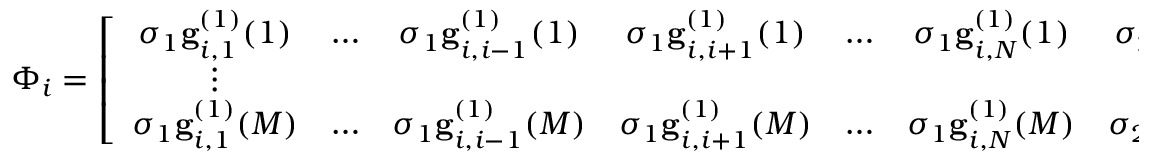
\Phi _ { i } = \left[ \begin{array} { c c c c c c c c c } { \sigma _ { 1 } \mathbf { g } _ { i , 1 } ^ { ( 1 ) } ( 1 ) } & { \ldots } & { \sigma _ { 1 } \mathbf { g } _ { i , i - 1 } ^ { ( 1 ) } ( 1 ) } & { \sigma _ { 1 } \mathbf { g } _ { i , i + 1 } ^ { ( 1 ) } ( 1 ) } & { \ldots } & { \sigma _ { 1 } \mathbf { g } _ { i , N } ^ { ( 1 ) } ( 1 ) } & { \sigma _ { 2 } \mathbf { g } _ { i , 1 , 2 } ^ { ( 2 ) } ( 1 ) } & { \ldots } & { \sigma _ { D } \mathbf { g } _ { i , N - D + 1 , \ldots , N } ^ { ( D ) } ( 1 ) } \\ { \vdots } & { } & { } & { } & { } & { } & { } & { } & { \vdots } \\ { \sigma _ { 1 } \mathbf { g } _ { i , 1 } ^ { ( 1 ) } ( M ) } & { \ldots } & { \sigma _ { 1 } \mathbf { g } _ { i , i - 1 } ^ { ( 1 ) } ( M ) } & { \sigma _ { 1 } \mathbf { g } _ { i , i + 1 } ^ { ( 1 ) } ( M ) } & { \ldots } & { \sigma _ { 1 } \mathbf { g } _ { i , N } ^ { ( 1 ) } ( M ) } & { \sigma _ { 2 } \mathbf { g } _ { i , 1 , 2 } ^ { ( 2 ) } ( M ) } & { \ldots } & { \sigma _ { D } \mathbf { g } _ { i , N - D + 1 , \ldots , N } ^ { ( D ) } ( M ) } \end{array} \right]